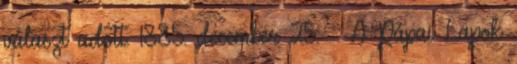
választ adott. 1885. december 25. – A Pápai Lapok